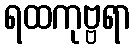
ရထကုဗ္ဗရာ